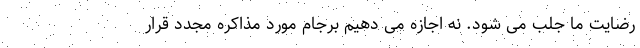
رضایت ما جلب می شود. نه اجازه می دهیم برجام مورد مذاکره مجدد قرار